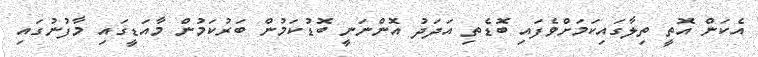
އެކަން އޮތީ ތިލާގައިކަމަށްވެފައި ބޮޑެތި އަދަދު އޮންނަނީ ބޮޑުކަމުން ބަރުކަމުން މާއަޑީގައި މާފުނުގައި